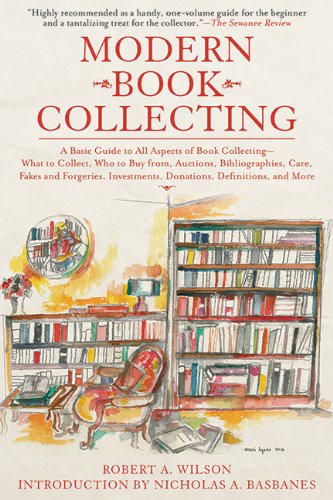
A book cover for Modern Book Collecting: A Basic Guide to All Aspects of Book Collecting: What to Collect, Who to Buy from, Auctions, Bibliographies, Care, Fakes and ... Investments, Donations, Definitions, and More; Robert A. Wilson; Crafts, Hobbies & Home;